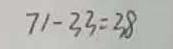
7 1 - 3 3 = 3 8